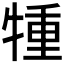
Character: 𤚏